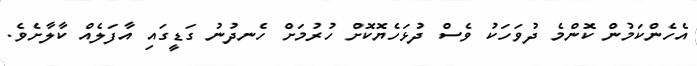
އެހެންކަމުން ކޮންމެ ދުވަހަކު ވެސް ދުޅަހެޔޮކޮށް ހުރުމަށް ހެނދުނު ގަޑީގައި އާފަލެއް ކާލާށެވެ.